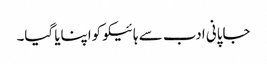
جاپانی ادب سے ہائیکو کواپنایا گیا۔